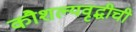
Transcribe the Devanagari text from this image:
कौशल्यवृद्धीची